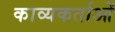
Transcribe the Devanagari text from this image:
काव्यकर्ताओं